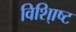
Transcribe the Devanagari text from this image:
विशि्ाष्ट